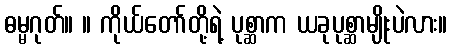
ဓမ္မဂုတ်။ ။ ကိုယ်တော်တို့ရဲ့ ပုစ္ဆာက ယခုပုစ္ဆာမျိုးပဲလား။